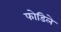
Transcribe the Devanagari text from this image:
फोडिले